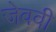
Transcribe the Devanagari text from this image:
जेववी